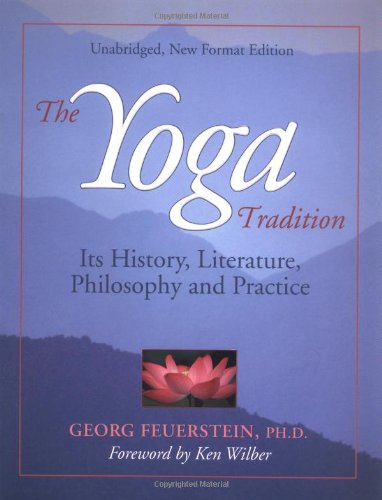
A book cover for The Yoga Tradition: Its History, Literature, Philosophy and Practice; Georg Feuerstein; Health, Fitness & Dieting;